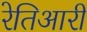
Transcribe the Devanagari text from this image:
रेतिआरी